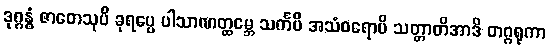
ဒုဂ္ဂန္ဓံ ဇာတေသုပိ ခုရပ္ပေ ပါသာဏတ္ထမ္ဘေ သင်္ကမိ အသံဝရောပိ သတ္တာတိအာဒိ တဂ္ဂရုကာ